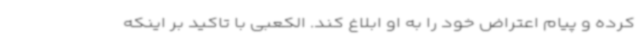
کرده و پیام اعتراض خود را به او ابلاغ کند. الکعبی با تاکید بر اینکه